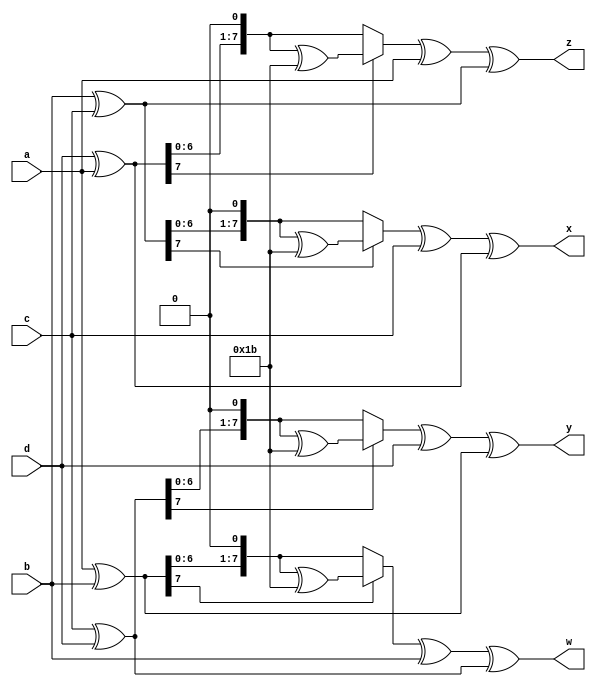
module mixcolums(
	input [7:0] a,b,c,d,
	output [7:0] w,x,y,z
);
	
	wire [7:0] f0, f1, f2, f3, g0, g1, g2, g3;
	assign f0 = a ^ b;
	assign f1 = b ^ c;
	assign f2 = c ^ d;
	assign f3 = d ^ a;
	assign g0 = xtime(f0);
	assign g1 = xtime(f1);
	assign g2 = xtime(f2);
	assign g3 = xtime(f3);
	assign w = g0 ^ b ^ f2;
	assign x = g1 ^ c ^ f3;
	assign y = g2 ^ d ^ f0;
	assign z = g3 ^ a ^ f1;
	
	function [7:0] xtime;
		input [7:0] in;
		xtime = in[7] ? {in[6:0], 1'b0} ^ 8'h1b : {in[6:0], 1'b0};
	endfunction
		
endmodule